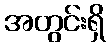
အတွင်းရှိ